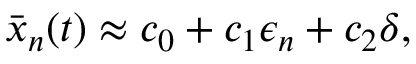
\bar { x } _ { n } ( t ) \approx c _ { 0 } + c _ { 1 } \epsilon _ { n } + c _ { 2 } \delta ,